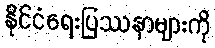
နိုင်ငံရေးပြဿနာများကို